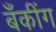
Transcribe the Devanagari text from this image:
बॅँकींग